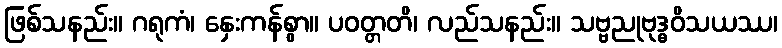
ဖြစ်သနည်း။ ဂရုကံ၊ နှေးကန်စွာ။ ပဝတ္တတိ၊ လည်သနည်း။ သဗ္ဗညုဗုဒ္ဓဝိသယဿ၊